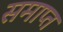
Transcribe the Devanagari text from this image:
समाप्त